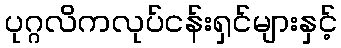
ပုဂ္ဂလိကလုပ်ငန်းရှင်များနှင့်